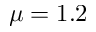
\mu = 1 . 2